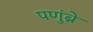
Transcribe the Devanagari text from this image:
पणुंब्रे